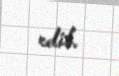
edib.